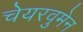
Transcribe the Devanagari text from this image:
चेयरवुमेन